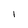
Character: I